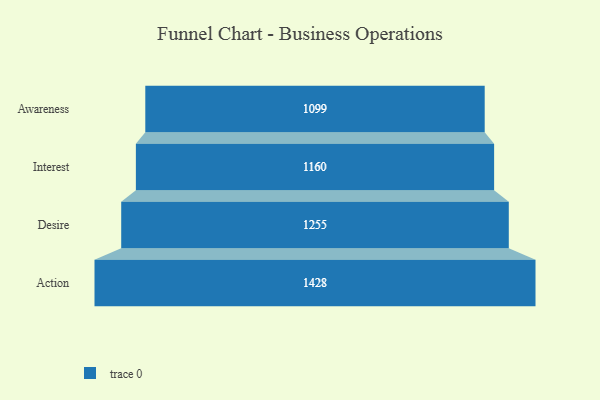
{"axis": {"x": "Stage", "y": "Value"}, "legend": [""], "data": [{"x": "Awareness", "y": 1099.0, "type": ""}, {"x": "Interest", "y": 1160.0, "type": ""}, {"x": "Desire", "y": 1255.0, "type": ""}, {"x": "Action", "y": 1428.0, "type": ""}]}